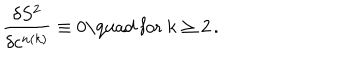
\frac { \delta S ^ { 2 } } { \delta c ^ { n ( k ) } } \equiv 0 \mathrm { \quad ~ f o r ~ } k \geq 2 \, .